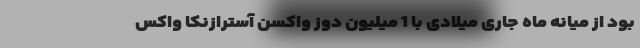
بود از میانه ماه جاری میلادی با 1 میلیون دوز واکسن آسترازنکا واکس